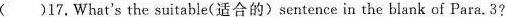
( )17.What's the suitable(适合的)sentence in the blank of Para.3?